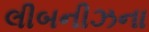
લીબનીઝના